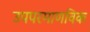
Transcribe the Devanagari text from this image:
उपपरमाणविक